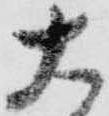
大